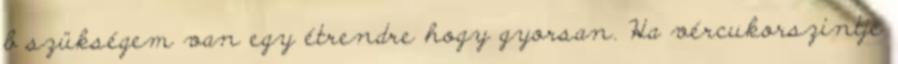
b szükségem van egy étrendre hogy gyorsan. Ha vércukorszintje